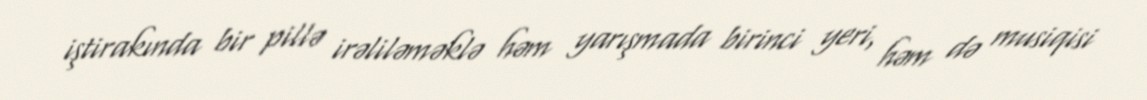
iştirakında bir pillə irəliləməklə həm yarışmada birinci yeri, həm də musiqisi